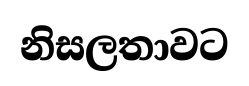
නිසලතාවට